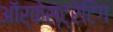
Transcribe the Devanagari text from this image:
ऑर्केस्ट्रेटिंग